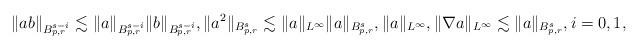
LaTeX: \begin{align*}\|ab\|_{B^{s-i}_{p,r}}\lesssim \|a\|_{B^{s-i}_{p,r}} \|b\|_{B^{s-i}_{p,r}},\|a^2\|_{B^s_{p,r}}\lesssim \|a\|_{L^\infty} \|a\|_{B^s_{p,r}},\|a\|_{L^\infty},\|\nabla a\|_{L^\infty}\lesssim \|a\|_{B^s_{p,r}},i=0,1,\end{align*}